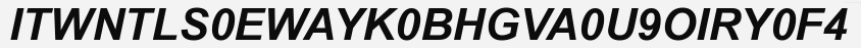
ITWNTLS0EWAYK0BHGVA0U9OIRY0F4